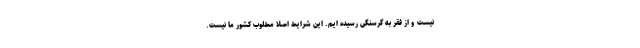
نیست و از فقر به گرسنگی رسیده ایم. این شرایط اصلا مطلوب کشور ما نیست.